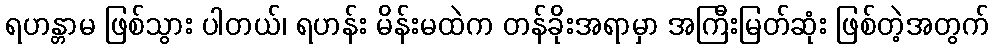
ရဟန္တာမ ဖြစ်သွား ပါတယ်၊ ရဟန်း မိန်းမထဲက တန်ခိုးအရာမှာ အကြီးမြတ်ဆုံး ဖြစ်တဲ့အတွက်